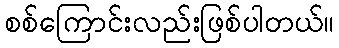
စစ်ကြောင်းလည်းဖြစ်ပါတယ်။